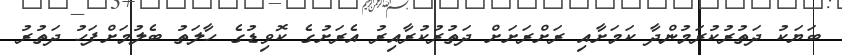
ބަޔަކު ދަތުރުކުރަމުންދާ ކަމަށާއި ރަށްރަށަށް ދަތުރުކުރާއިރު އެރަށުގެ ކޮވިޑުގެ ހާލަތު ބެލުމަށްފަހު ދަތުރު